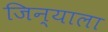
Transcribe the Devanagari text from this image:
जिन्याला